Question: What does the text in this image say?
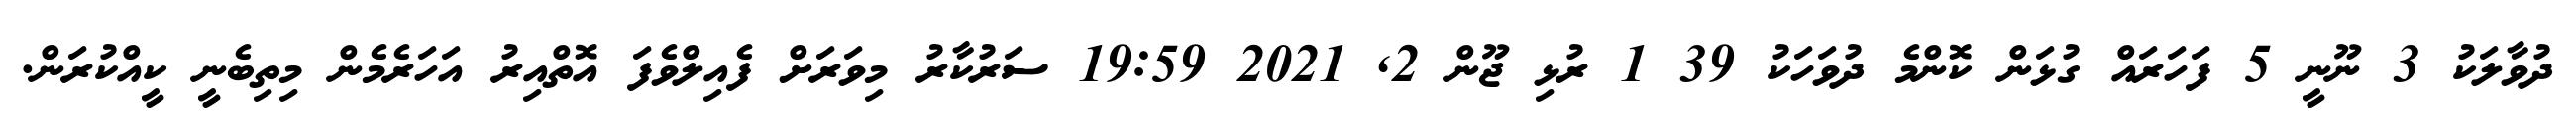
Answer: ދުވާލަކު 3 ނޫނީ 5 ފަހަރައް ގުޅަން ކޮންމެ ދުވަހަކު 39 1 ރުޅި ޖޫން 2, 2021 19:59 ސަރުކާރު މިވަރަށް ފެއިލްވެފަ އޮތްއިރު އަހަރެމެން މިތިބެނީ ކީއްކުރަން.